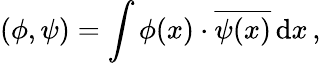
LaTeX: (\phi,\psi)=\int\phi(x)\cdot{\overline{{\psi(x)}}}\, \mathrm{d}x\, ,